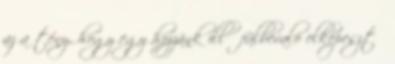
az a tény, hogy egy hozzánk illő fülbevaló elképesztő